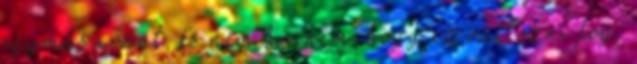
egymás iránt, és nem hinném, hogy ez változni fog.